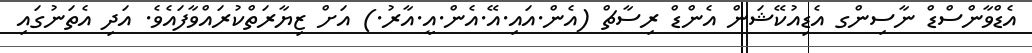
އެޑްވާންސްޑް ނާސިންގ އެޑިއުކޭޝަން އެންޑް ރިސާޗް (އެން.އައި.އޭ.އެން.އީ.އާރު.) އަށް ޒިޔާރަތްކުރައްވާފައެވެ. އަދި އެތަނުގައި